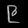
Digit: ၉